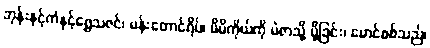
ဘုန်းနှင့်ကံနှင့်ရွှေသဇင်၊ မန်းတောင်ရိပ်၊ မိမိကိုယ်ကို မဲဇာသို့ ပို့ခြင်း၊ မောင်စစ်သည်၊